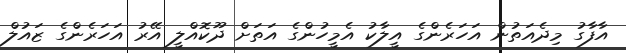
އާފާގު މިދެއަތުން އަހަރެންގެ އީލާކު އެމީހުންގެ އަތަށް ދޫކޮއްލީ އޭރު އަހަރެންގެ ޒައުލް